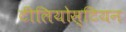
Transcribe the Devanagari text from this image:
टीलियोस्टियन